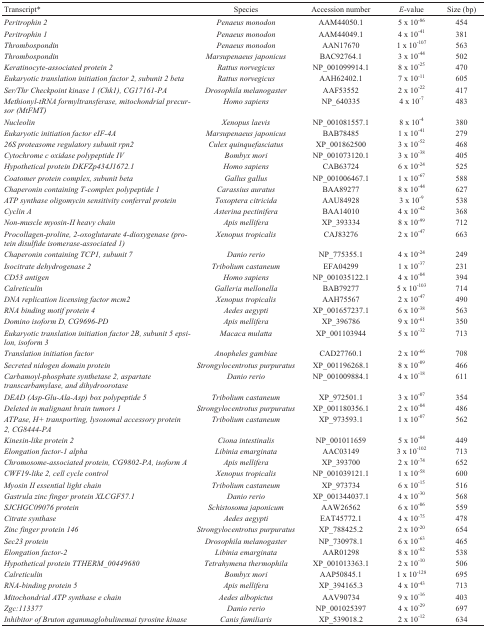
<table><thead><tr><td><b>Transcript*</b></td><td><b>Species</b></td><td><b>Accession number</b></td><td><b><i>E</i>-value</b></td><td><b>Size (bp)</b></td></tr></thead><tbody><tr><td><i>Peritrophin 2</i></td><td><i>Penaeus monodon</i></td><td>AAM44050.1</td><td>5 x 10<sup>-86</sup></td><td>454</td></tr><tr><td><i>Peritrophin 1</i></td><td><i>Penaeus monodon</i></td><td>AAM44049.1</td><td>4 x 10<sup>-41</sup></td><td>381</td></tr><tr><td><i>Thrombospondin</i></td><td><i>Penaeus monodon</i></td><td>AAN17670</td><td>1 x 10<sup>-107</sup></td><td>563</td></tr><tr><td><i>Thrombospondin</i></td><td><i>Marsupenaeus japonicus</i></td><td>BAC92764.1</td><td>3 x 10<sup>-44</sup></td><td>502</td></tr><tr><td><i>Keratinocyte-associated protein 2</i></td><td><i>Rattus norvegicus</i></td><td>NP_001099914.1</td><td>8 x 10<sup>-25</sup></td><td>470</td></tr><tr><td><i>Eukaryotic translation initiation factor 2, subunit 2 beta</i></td><td><i>Rattus norvegicus</i></td><td>AAH62402.1</td><td>7 x 10<sup>-11</sup></td><td>605</td></tr><tr><td><i>Ser/Thr Checkpoint kinase 1 (Chk1), CG17161-PA</i></td><td><i>Drosophila melanogaster</i></td><td>AAF53552</td><td>2 x 10<sup>-22</sup></td><td>417</td></tr><tr><td><i>Methionyl-tRNA formyltransferase, mitochondrial precursor (MtFMT)</i></td><td><i>Homo sapiens</i></td><td>NP_640335</td><td>4 x 10<sup>-7</sup></td><td>483</td></tr><tr><td><i>Nucleolin</i></td><td><i>Xenopus laevis</i></td><td>NP_001081557.1</td><td>8 x 10<sup>-4</sup></td><td>380</td></tr><tr><td><i>Eukaryotic initiation factor eIF-4A</i></td><td><i>Marsupenaeus japonicus</i></td><td>BAB78485</td><td>1 x 10<sup>-41</sup></td><td>279</td></tr><tr><td><i>26S proteasome regulatory subunit rpn2</i></td><td><i>Culex quinquefasciatus</i></td><td>XP_001862500</td><td>3 x 10<sup>-52</sup></td><td>468</td></tr><tr><td><i>Cytochrome c oxidase polypeptide IV</i></td><td><i>Bombyx mori</i></td><td>NP_001073120.1</td><td>3 x 10<sup>-38</sup></td><td>405</td></tr><tr><td><i>Hypothetical protein DKFZp434J1672.1</i></td><td><i>Homo sapiens</i></td><td>CAB63724</td><td>6 x 10<sup>-24</sup></td><td>525</td></tr><tr><td><i>Coatomer protein complex, subunit beta</i></td><td><i>Gallus gallus</i></td><td>NP_001006467.1</td><td>1 x 10<sup>-67</sup></td><td>588</td></tr><tr><td><i>Chaperonin containing T-complex polypeptide 1</i></td><td><i>Carassius auratus</i></td><td>BAA89277</td><td>8 x 10<sup>-44</sup></td><td>627</td></tr><tr><td><i>ATP synthase oligomycin sensitivity conferral protein</i></td><td><i>Toxoptera citricida</i></td><td>AAU84928</td><td>3 x 10<sup>-9</sup></td><td>538</td></tr><tr><td><i>Cyclin A</i></td><td><i>Asterina pectinifera</i></td><td>BAA14010</td><td>4 x 10<sup>-42</sup></td><td>368</td></tr><tr><td><i>Non-muscle myosin-II heavy chain</i></td><td><i>Apis mellifera</i></td><td>XP_393334</td><td>8 x 10<sup>-99</sup></td><td>712</td></tr><tr><td><i>Procollagen-proline, 2-oxoglutarate 4-dioxygenase (protein disulfide isomerase-associated 1)</i></td><td><i>Xenopus tropicalis</i></td><td>CAJ83276</td><td>2 x 10<sup>-47</sup></td><td>663</td></tr><tr><td><i>Chaperonin containing TCP1, subunit 7</i></td><td><i>Danio rerio</i></td><td>NP_775355.1</td><td>4 x 10<sup>-24</sup></td><td>249</td></tr><tr><td><i>Isocitrate dehydrogenase 2</i></td><td><i>Tribolium castaneum</i></td><td>EFA04299</td><td>1 x 10<sup>-37</sup></td><td>231</td></tr><tr><td><i>CD53 antigen</i></td><td><i>Homo sapiens</i></td><td>NP_001035122.1</td><td>4 x 10<sup>-04</sup></td><td>394</td></tr><tr><td><i>Calreticulin</i></td><td><i>Galleria mellonella</i></td><td>BAB79277</td><td>5 x 10<sup>-103</sup></td><td>714</td></tr><tr><td><i>DNA replication licensing factor mcm2</i></td><td><i>Xenopus tropicalis</i></td><td>AAH75567</td><td>2 x 10<sup>-47</sup></td><td>490</td></tr><tr><td><i>RNA binding motif protein 4</i></td><td><i>Aedes aegypti</i></td><td>XP_001657237.1</td><td>6 x 10<sup>-38</sup></td><td>563</td></tr><tr><td><i>Domino isoform D, CG9696-PD</i></td><td><i>Apis mellifera</i></td><td>XP_396786</td><td>9 x 10<sup>-61</sup></td><td>350</td></tr><tr><td><i>Eukaryotic translation initiation factor 2B, subunit 5 epsilon, isoform 3</i></td><td><i>Macaca mulatta</i></td><td>XP_001103944</td><td>5 x 10<sup>-32</sup></td><td>713</td></tr><tr><td><i>Translation initiation factor</i></td><td><i>Anopheles gambiae</i></td><td>CAD27760.1</td><td>2 x 10<sup>-66</sup></td><td>708</td></tr><tr><td><i>Secreted nidogen domain protein</i></td><td><i>Strongylocentrotus purpuratus</i></td><td>XP_001196268.1</td><td>8 x 10<sup>-09</sup></td><td>466</td></tr><tr><td><i>Carbamoyl-phosphate synthetase 2, aspartate transcarbamylase, and dihydroorotase</i></td><td><i>Danio rerio</i></td><td>NP_001009884.1</td><td>4 x 10<sup>-18</sup></td><td>611</td></tr><tr><td><i>DEAD (Asp-Glu-Ala-Asp) box polypeptide 5</i></td><td><i>Tribolium castaneum</i></td><td>XP_972501.1</td><td>3 x 10<sup>-07</sup></td><td>354</td></tr><tr><td><i>Deleted in malignant brain tumors 1</i></td><td><i>Strongylocentrotus purpuratus</i></td><td>XP_001180356.1</td><td>2 x 10<sup>-04</sup></td><td>486</td></tr><tr><td><i>ATPase, H+ transporting, lysosomal accessory protein 2, CG8444-PA</i></td><td><i>Tribolium castaneum</i></td><td>XP_973593.1</td><td>1 x 10<sup>-07</sup></td><td>562</td></tr><tr><td><i>Kinesin-like protein 2</i></td><td><i>Ciona intestinalis</i></td><td>NP_001011659</td><td>5 x 10<sup>-04</sup></td><td>449</td></tr><tr><td><i>Elongation factor-1 alpha</i></td><td><i>Libinia emarginata</i></td><td>AAC03149</td><td>3 x 10<sup>-102</sup></td><td>713</td></tr><tr><td><i>Chromosome-associated protein, CG9802-PA, isoform A</i></td><td><i>Apis mellifera</i></td><td>XP_393700</td><td>2 x 10<sup>-74</sup></td><td>652</td></tr><tr><td><i>CWF19-like 2, cell cycle control</i></td><td><i>Xenopus tropicalis</i></td><td>NP_001039121.1</td><td>1 x 10<sup>-58</sup></td><td>600</td></tr><tr><td><i>Myosin II essential light chain</i></td><td><i>Tribolium castaneum</i></td><td>XP_973734</td><td>6 x 10<sup>-15</sup></td><td>516</td></tr><tr><td><i>Gastrula zinc finger protein XLCGF57.1</i></td><td><i>Danio rerio</i></td><td>XP_001344037.1</td><td>4 x 10<sup>-30</sup></td><td>568</td></tr><tr><td><i>SJCHGC09076 protein</i></td><td><i>Schistosoma japonicum</i></td><td>AAW26562</td><td>6 x 10<sup>-06</sup></td><td>559</td></tr><tr><td><i>Citrate synthase</i></td><td><i>Aedes aegypti</i></td><td>EAT45772.1</td><td>4 x 10<sup>-75</sup></td><td>478</td></tr><tr><td><i>Zinc finger protein 146</i></td><td><i>Strongylocentrotus purpuratus</i></td><td>XP_788425.2</td><td>2 x 10<sup>-20</sup></td><td>654</td></tr><tr><td><i>Sec23 protein</i></td><td><i>Drosophila melanogaster</i></td><td>NP_730978.1</td><td>6 x 10<sup>-63</sup></td><td>465</td></tr><tr><td><i>Elongation factor-2</i></td><td><i>Libinia emarginata</i></td><td>AAR01298</td><td>8 x 10<sup>-82</sup></td><td>538</td></tr><tr><td><i>Hypothetical protein TTHERM_00449680</i></td><td><i>Tetrahymena thermophila</i></td><td>XP_001013363.1</td><td>2 x 10<sup>-10</sup></td><td>506</td></tr><tr><td><i>Calreticulin</i></td><td><i>Bombyx mori</i></td><td>AAP50845.1</td><td>1 x 10<sup>-128</sup></td><td>695</td></tr><tr><td><i>RNA-binding protein 5</i></td><td><i>Apis mellifera</i></td><td>XP_394165.3</td><td>4 x 10<sup>-43</sup></td><td>713</td></tr><tr><td><i>Mitochondrial ATP synthase e chain</i></td><td><i>Aedes albopictus</i></td><td>AAV90734</td><td>9 x 10<sup>-16</sup></td><td>403</td></tr><tr><td><i>Zgc:113377</i></td><td><i>Danio rerio</i></td><td>NP_001025397</td><td>4 x 10<sup>-29</sup></td><td>697</td></tr><tr><td><i>Inhibitor of Bruton agammaglobulinemai tyrosine kinase</i></td><td><i>Canis familiaris</i></td><td>XP_539018.2</td><td>2 x 10<sup>-12</sup></td><td>634</td></tr></tbody></table>